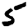
Digit: 5